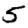
Digit: 5